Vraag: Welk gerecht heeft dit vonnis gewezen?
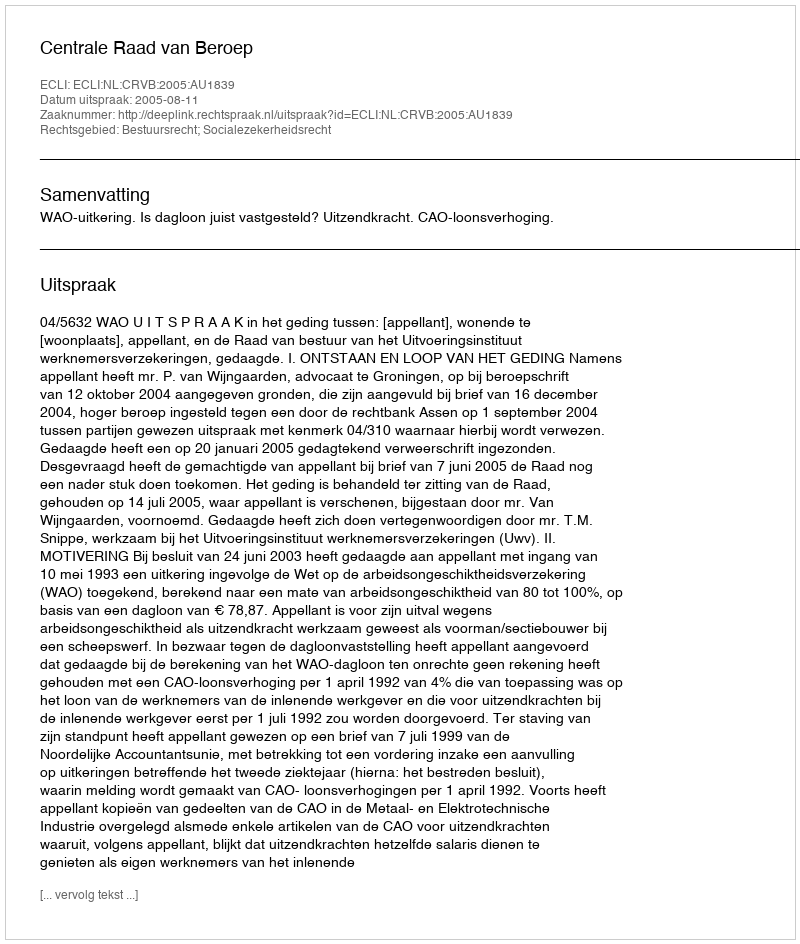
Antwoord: Centrale Raad van Beroep